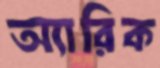
অ্যারিক